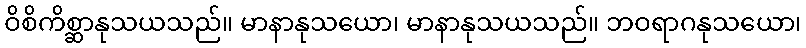
ဝိစိကိစ္ဆာနုသယသည်။ မာနာနုသယော၊ မာနာနုသယသည်။ ဘဝရာဂနုသယော၊